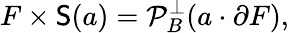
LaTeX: F\times{\mathsf{S}}(a)={\mathcal{P}}_{B}^{\perp}(a\cdot\partial F),